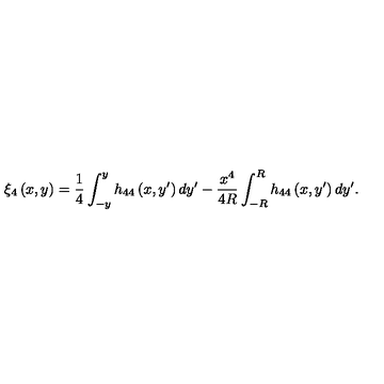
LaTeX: \xi _ { 4 } \left( x , y \right) = \frac { 1 } { 4 } \int _ { - y } ^ { y } h _ { 4 4 } \left( x , y ^ { \prime } \right) d y ^ { \prime } - \frac { x ^ { 4 } } { 4 R } \int _ { - R } ^ { R } h _ { 4 4 } \left( x , y ^ { \prime } \right) d y ^ { \prime } .